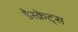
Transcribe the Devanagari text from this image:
डेस्क्रेट्स